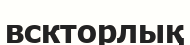
вскторлық